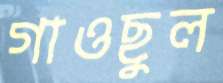
গাওছুল